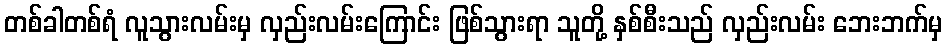
တစ်ခါတစ်ရံ လူသွားလမ်းမှ လှည်းလမ်းကြောင်း ဖြစ်သွားရာ သူတို့ နှစ်စီးသည် လှည်းလမ်း ဘေးဘက်မှ